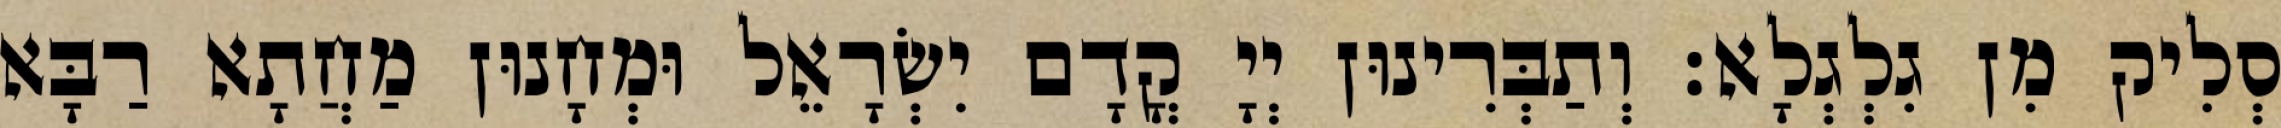
סְלִיק מִן גִלְגְלָא׃ וְתַבְּרִינוּן יְיָ קֳדָם יִשְׂרָאֵל וּמְחָנוּן מַחֲתָא רַבָּא